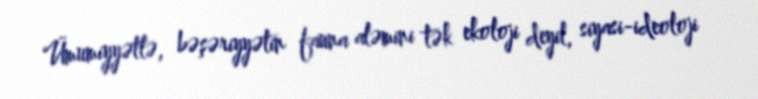
Ümumiyyətlə, bəşəriyyətin fauna aləmini tək ekoloji deyil, siyasi-ideoloji